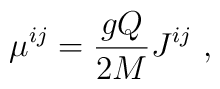
\mu^{ij} = {gQ\over2M}J^{ij}\ ,